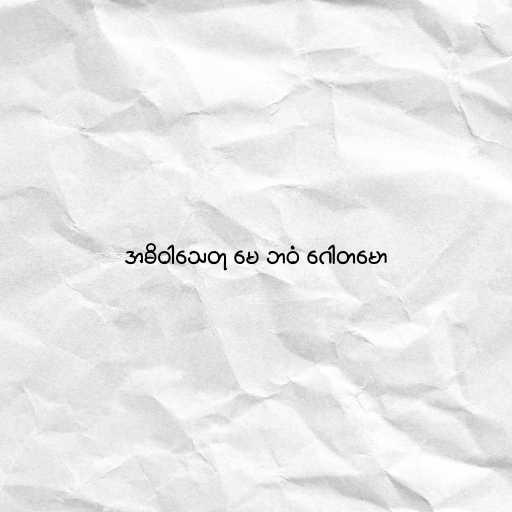
အဓိဝါသေတု မေ ဘဝံ ဂေါတမော